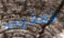
تعذيب